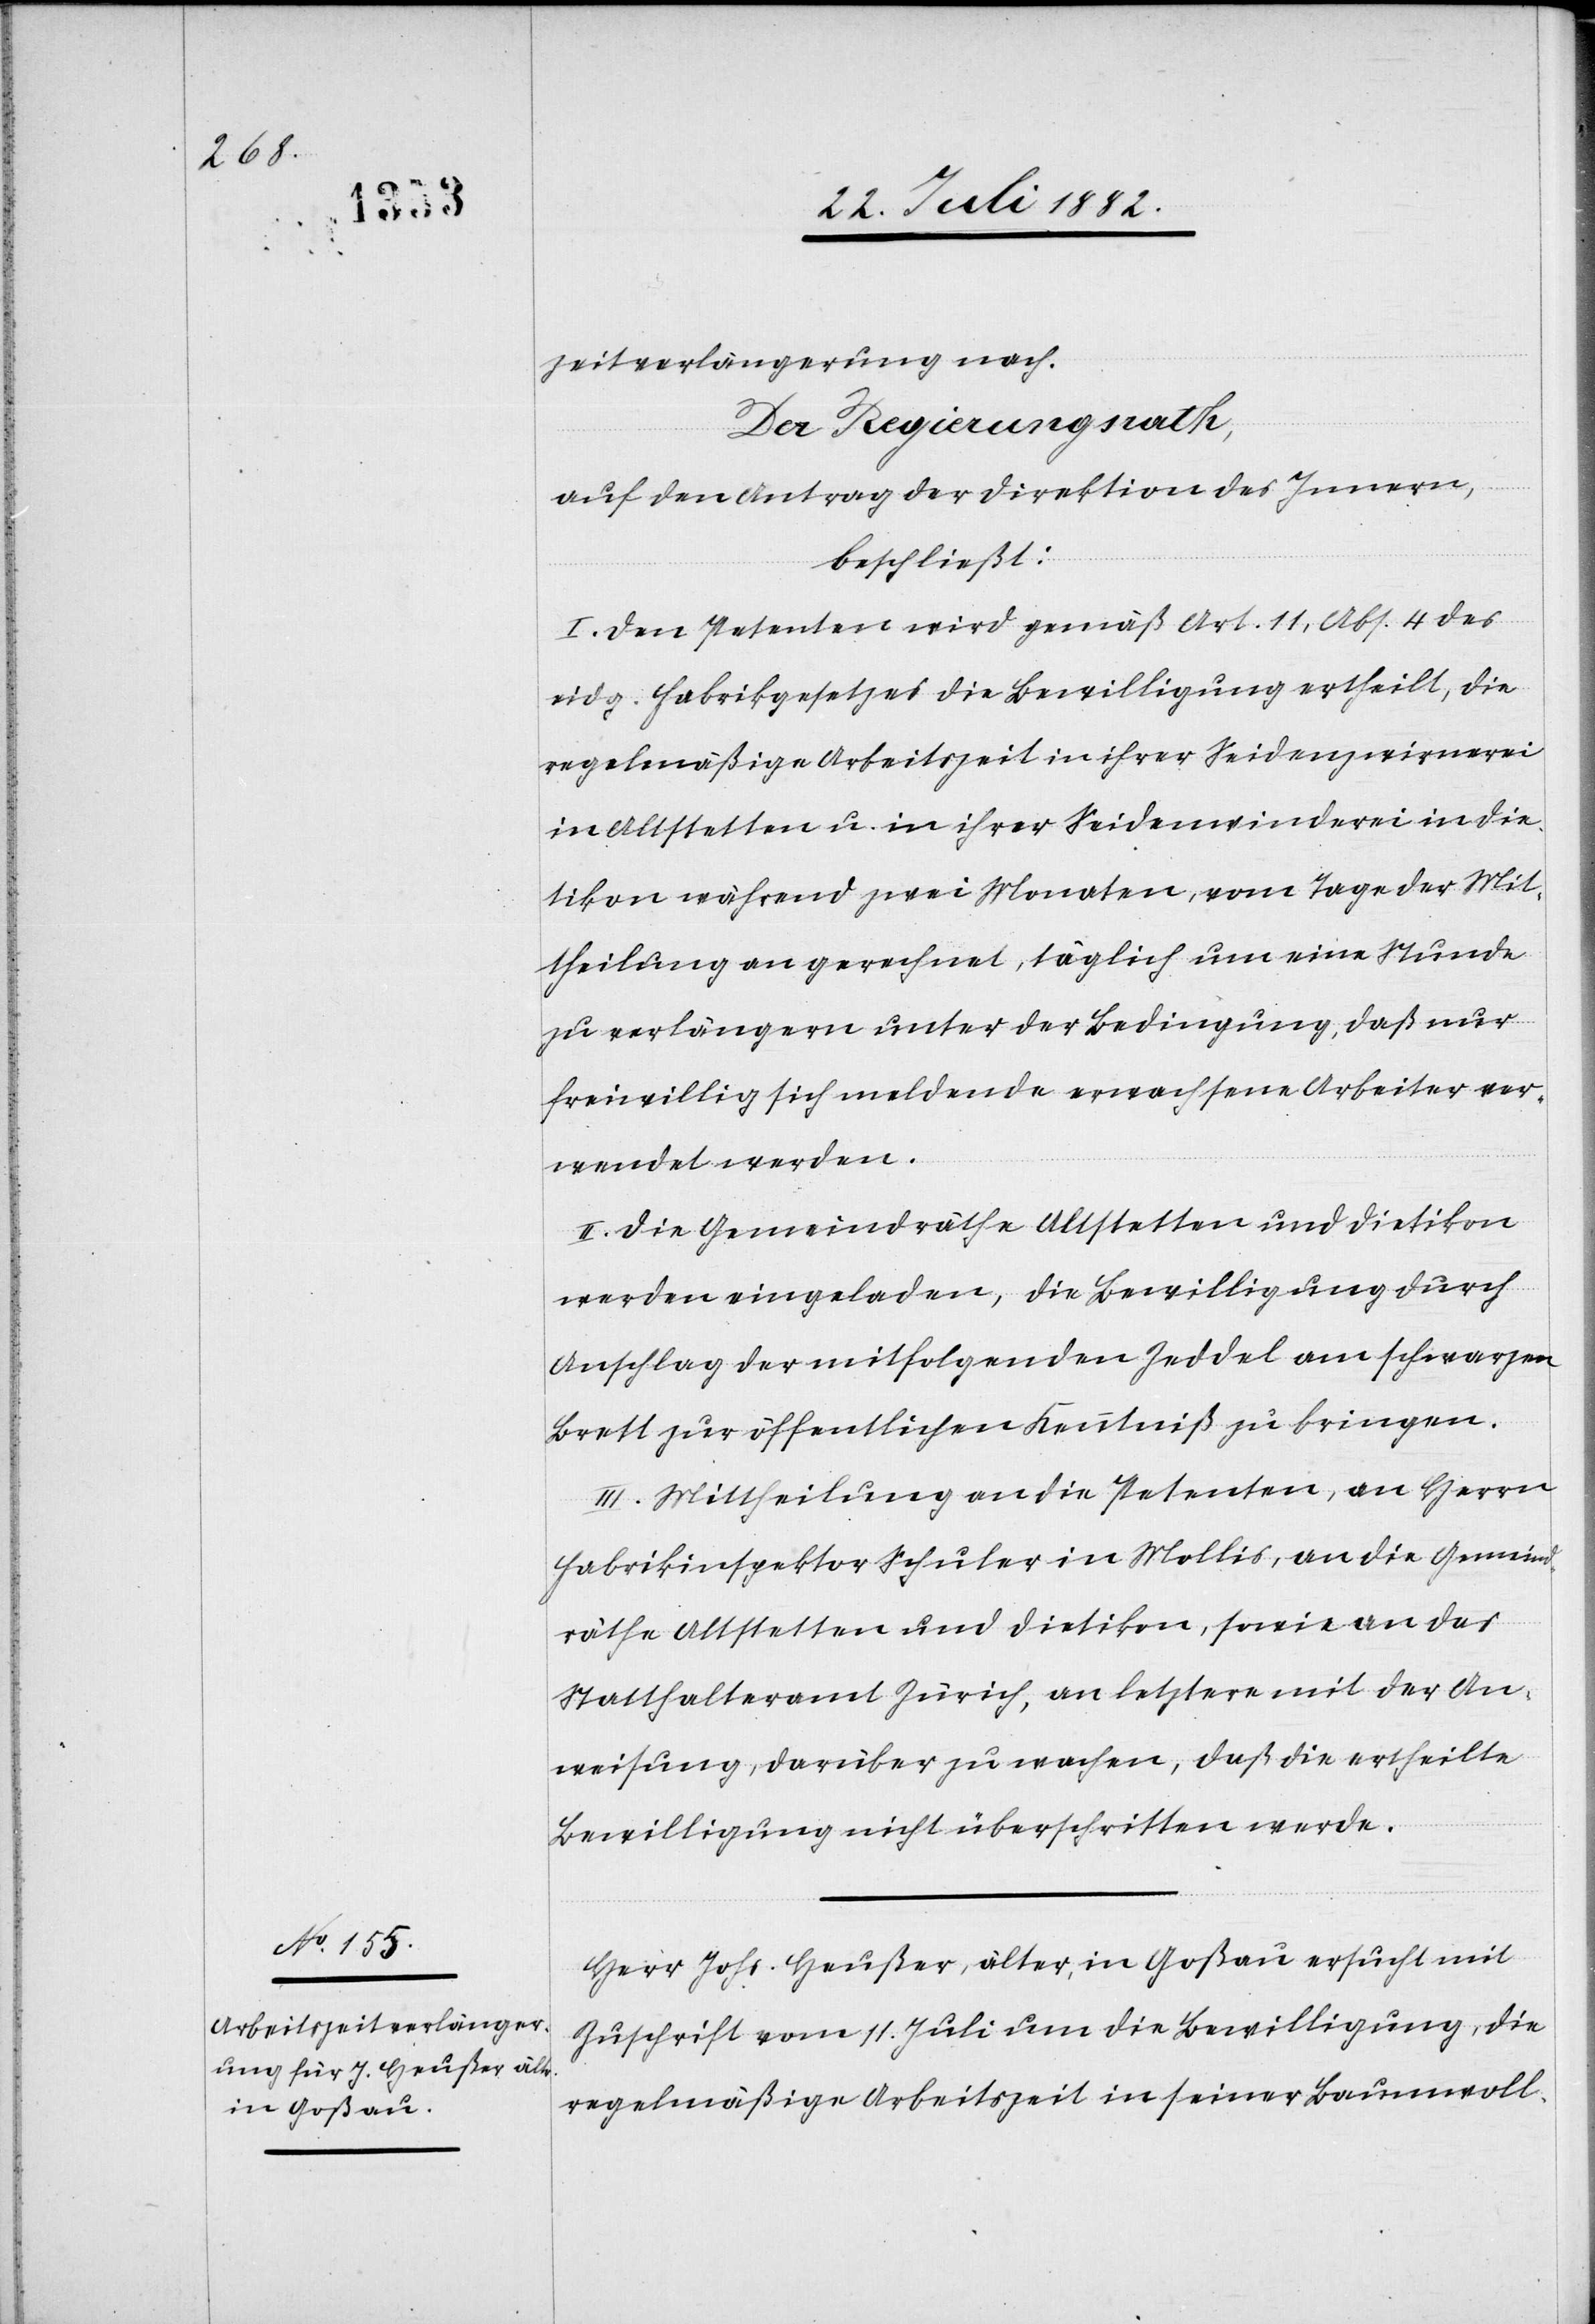
zeitverlängerung nach.
Der Regierungsrath,
auf den Antrag der Direktion des Innern,
beschließt:
I. Den Petenten wird gemäß Art. 11, Abs. 4 des
eidg. Fabrikgesetzes die Bewilligung ertheilt, die
regelmäßige Arbeitszeit in ihrer Seidenzwirrnerei
in Altstetten u. in ihrer Seidenwinderei in Die¬
tikon während zwei Monaten, vom Tage der Mit¬
theilung an gerechnet, täglich um eine Stunde
zu verlängern unter der Bedingung, daß nur
freiwillig sich meldende erwachsene Arbeiter ver¬
wendet werden.
II. Die Gemeindräthe Altstetten und Dietikon
werden eingeladen, die Bewilligung durch
Anschlag der mitfolgenden Zeddel am schwarzen
Brett zur öffentlichen Kenntniß zu bringen.
III. Mittheilung an die Petenten, an Herrn
Fabrikinspektor Schuler in Mollis, an die Gemeind¬
räthe Altstetten und Dietikon, sowie an das
Statthalteramt Zürich, an letztere mit der An¬
weisung, darüber zu wachen, daß die ertheilte
Bewilligung nicht überschritten werde.
Herr Johs. Heußer, älter, in Goßau ersucht mit
Zuschrift vom 11. Juli um die Bewilligung, die
regelmäßige Arbeitszeit in seiner Baumwoll-